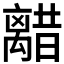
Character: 𫀥